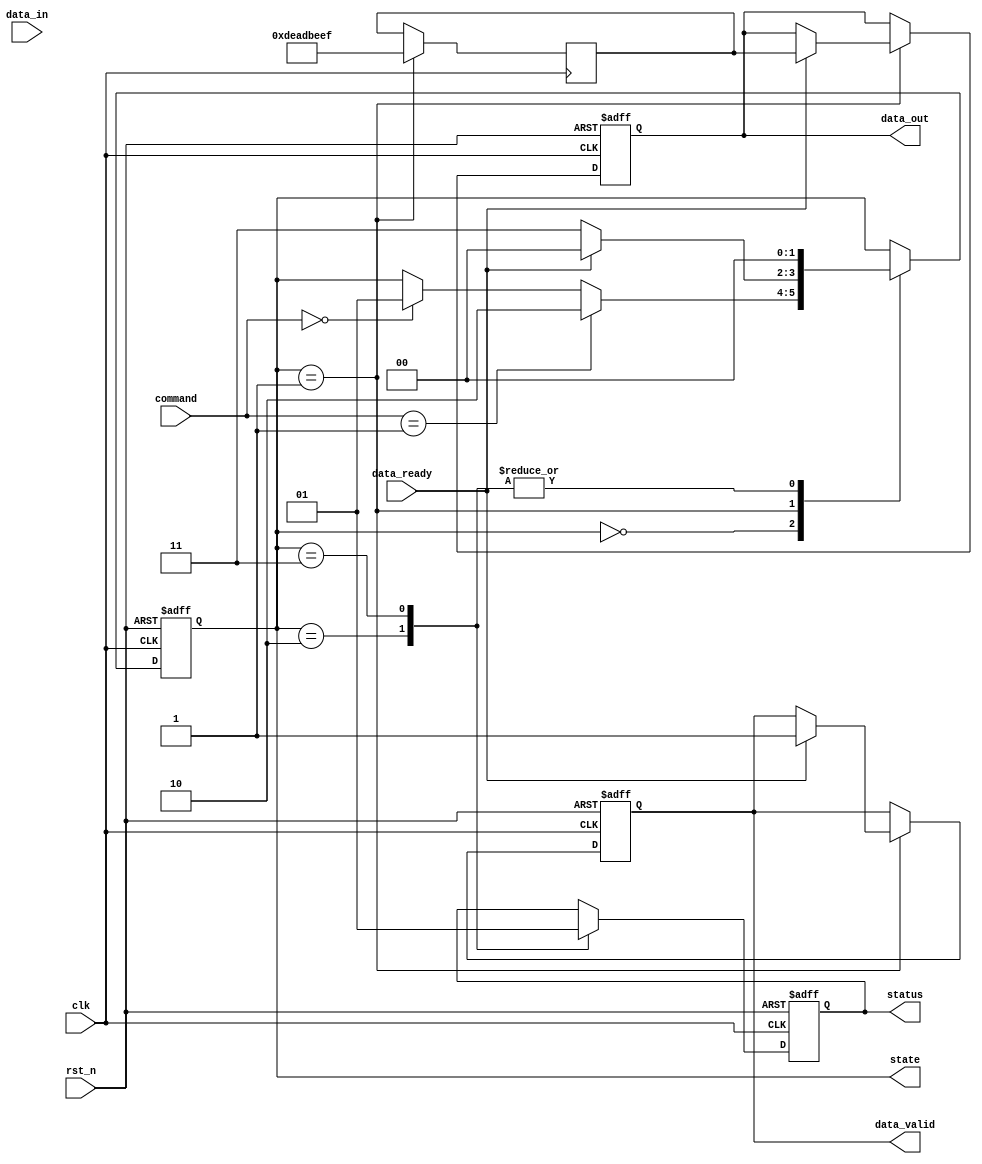
module ufs_io_block (
    input wire clk,                // System clock
    input wire rst_n,              // Active low reset
    input wire [1:0] command,      // Command input (00: READ, 01: WRITE, 10: FLUSH)
    input wire [31:0] data_in,     // Data input from UFS controller
    input wire data_ready,          // Data ready signal from NAND flash
    output reg [31:0] data_out,     // Data output to UFS controller
    output reg status,              // Status signal (0: success, 1: error)
    output reg data_valid,          // Data valid signal
    output reg [1:0] state          // Current state
);

// State Definitions
localparam IDLE = 2'b00;
localparam READ = 2'b01;
localparam WRITE = 2'b10;
localparam ERROR = 2'b11;

// Transmitter and Receiver blocks (simplified)
reg [31:0] tx_data;
reg [31:0] rx_data;

// State machine
always @(posedge clk or negedge rst_n) begin
    if (!rst_n) begin
        state <= IDLE;
        data_out <= 32'b0;
        status <= 0;
        data_valid <= 0;
    end else begin
        case (state)
            IDLE: begin
                if (command == 2'b01) begin // WRITE command
                    tx_data <= data_in;
                    state <= WRITE;
                end else if (command == 2'b00) begin // READ command
                    state <= READ;
                end
            end
            
            READ: begin
                if (data_ready) begin
                    data_out <= rx_data; // Assume rx_data is populated elsewhere
                    data_valid <= 1;
                    state <= IDLE; // Go back to IDLE
                end else begin
                    state <= ERROR; // Error if data not ready
                end
            end
            
            WRITE: begin
                // Here you would typically send tx_data to NAND flash
                // For simulation purposes, we assume success
                status <= 0; // Success
                state <= IDLE;
            end
            
            ERROR: begin
                // Handle error condition
                status <= 1; // Indicate error
                state <= IDLE; // Reset state
            end
            
            default: state <= IDLE; // Safety default
        endcase
    end
end

// Receiver block (stub for demonstration)
always @(posedge clk) begin
    // In a real design, this would involve reading from the NAND flash
    // Here we simulate receiving data
    if (state == READ) begin
        rx_data <= 32'hDEADBEEF; // Placeholder data
    end
end

endmodule